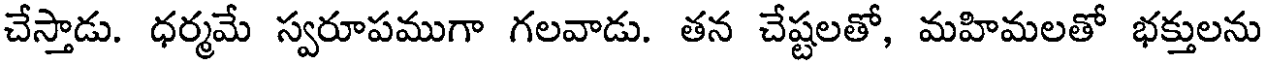
చేస్తాడు. ధర్మమే స్వరూపముగా గలవాడు. తన చేష్టలతో, మహిమలతో భక్తులను